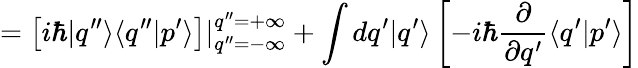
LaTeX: =\left[i\hbar|q^{\prime\prime}\rangle\langle q^{\prime\prime}|p^{\prime}\rangle\right]|_{q^{\prime\prime}=-\infty}^{q^{\prime\prime}=+\infty}+\int dq^{\prime}|q^{\prime}\rangle\left[-i\hbar\frac{\partial}{\partial q^{\prime}}\langle q^{\prime}|p^{\prime}\rangle\right]